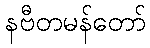
နဗီတမန်တော်